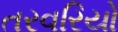
તરવરિયો